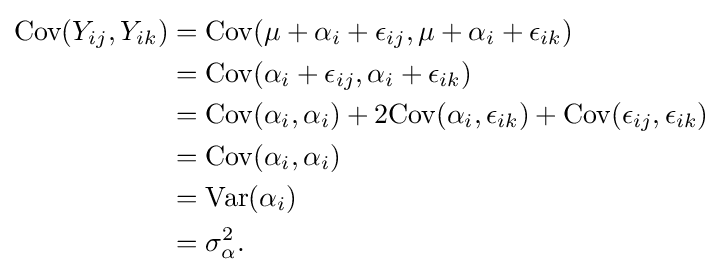
{\begin{aligned}{\text{Cov}}(Y_{ij},Y_{ik})&={\text{Cov}}(\mu +\alpha _{i}+\epsilon _{ij},\mu +\alpha _{i}+\epsilon _{ik})\\&={\text{Cov}}(\alpha _{i}+\epsilon _{ij},\alpha _{i}+\epsilon _{ik})\\&={\text{Cov}}(\alpha _{i},\alpha _{i})+2{\text{Cov}}(\alpha _{i},\epsilon _{ik})+{\text{Cov}}(\epsilon _{ij},\epsilon _{ik})\\&={\text{Cov}}(\alpha _{i},\alpha _{i})\\&={\text{Var}}(\alpha _{i})\\&=\sigma _{\alpha }^{2}.\\\end{aligned}}